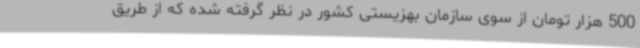
500 هزار تومان از سوی سازمان بهزیستی کشور در نظر گرفته شده که از طریق